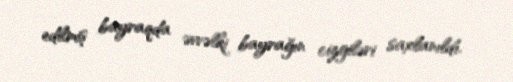
edilmiş bayraqda əvvəlki bayrağın cizgiləri saxlanıldı.